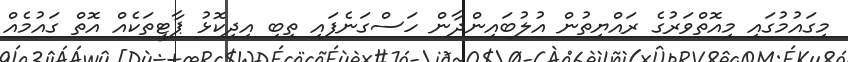
މިގައުމުގައި މިއޮތްވަރުގެ ރައްޔިތުން އުލުބައިންދާން ހަސްގަނެފައި ތިބި އިދިކޮޅު ޕާޓީތަކެއް އޮތް ގައުމެއް